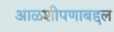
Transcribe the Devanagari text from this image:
आळशीपणाबद्दल